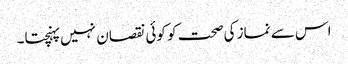
اس سے نماز کی صحت کو کوئی نقصان نہیں پہنچتا۔